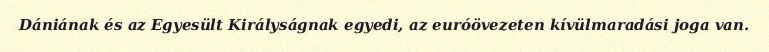
Dániának és az Egyesült Királyságnak egyedi, az euróövezeten kívülmaradási joga van.